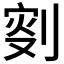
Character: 𠝬